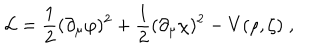
{ \cal L } = \frac { 1 } { 2 } ( \partial _ { \mu } \varphi ) ^ { 2 } + \frac { 1 } { 2 } ( \partial _ { \mu } \chi ) ^ { 2 } - V ( \rho , \zeta ) \; ,